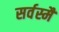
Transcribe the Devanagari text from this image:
सर्वस्मै